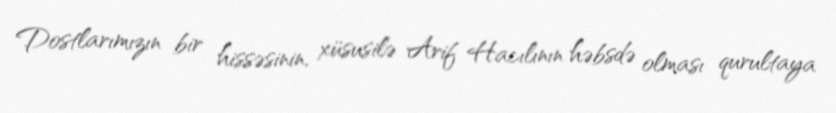
Dostlarımızın bir hissəsinin, xüsusilə Arif Hacılının həbsdə olması qurultaya